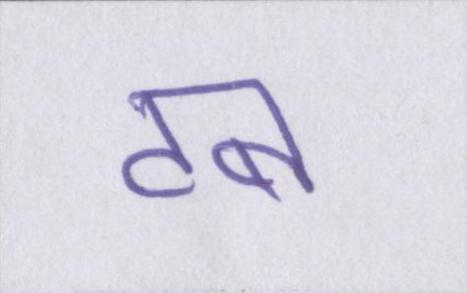
टब